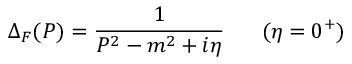
\Delta _ { F } ( P ) = \frac { 1 } { P ^ { 2 } - m ^ { 2 } + i \eta } \; \; \; \; \; \; ( \eta = 0 ^ { + } )